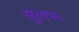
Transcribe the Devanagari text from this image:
सुलभः